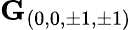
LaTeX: \mathbf{G}_{(0,0,\pm 1,\pm 1)}